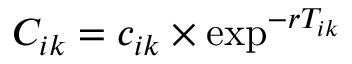
C _ { i k } = c _ { i k } \times \exp ^ { - r T _ { i k } }